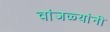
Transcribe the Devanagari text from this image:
वांजळ्यांनी